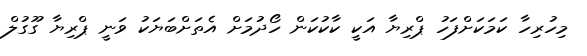
މިހުރިހާ ކަމަކަށްފަހު ޕްރިޔާ އަކީ ކާކުކަން ހޯދުމަށް އެތަށްބަޔަކު ވަނީ ޕްރިޔާ ގޫގުލް